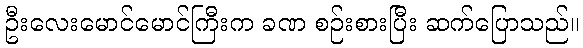
ဦးလေးမောင်မောင်ကြီးက ခဏ စဉ်းစားပြီး ဆက်ပြောသည်။